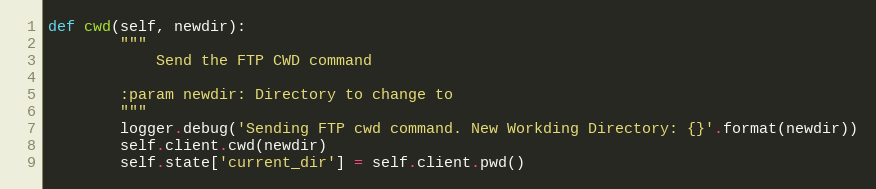
Language: Python
def cwd(self, newdir):
        """
            Send the FTP CWD command

        :param newdir: Directory to change to
        """
        logger.debug('Sending FTP cwd command. New Workding Directory: {}'.format(newdir))
        self.client.cwd(newdir)
        self.state['current_dir'] = self.client.pwd()